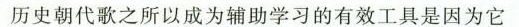
历史朝代歌之所以成为辅助学习的有效工具是因为它